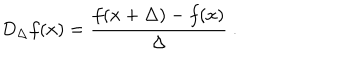
D _ { \Delta } f ( x ) = \frac { f ( x + \Delta ) - f ( x ) } { \Delta } \ .